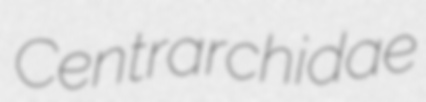
Centrarchidae